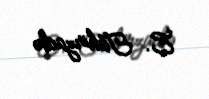
E. Tahirzadə